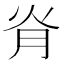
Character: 𦙊